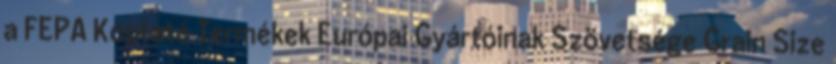
a FEPA Koptató Termékek Európai Gyártóinak Szövetsége Grain Size